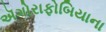
ઍગોરાફોબિયાના